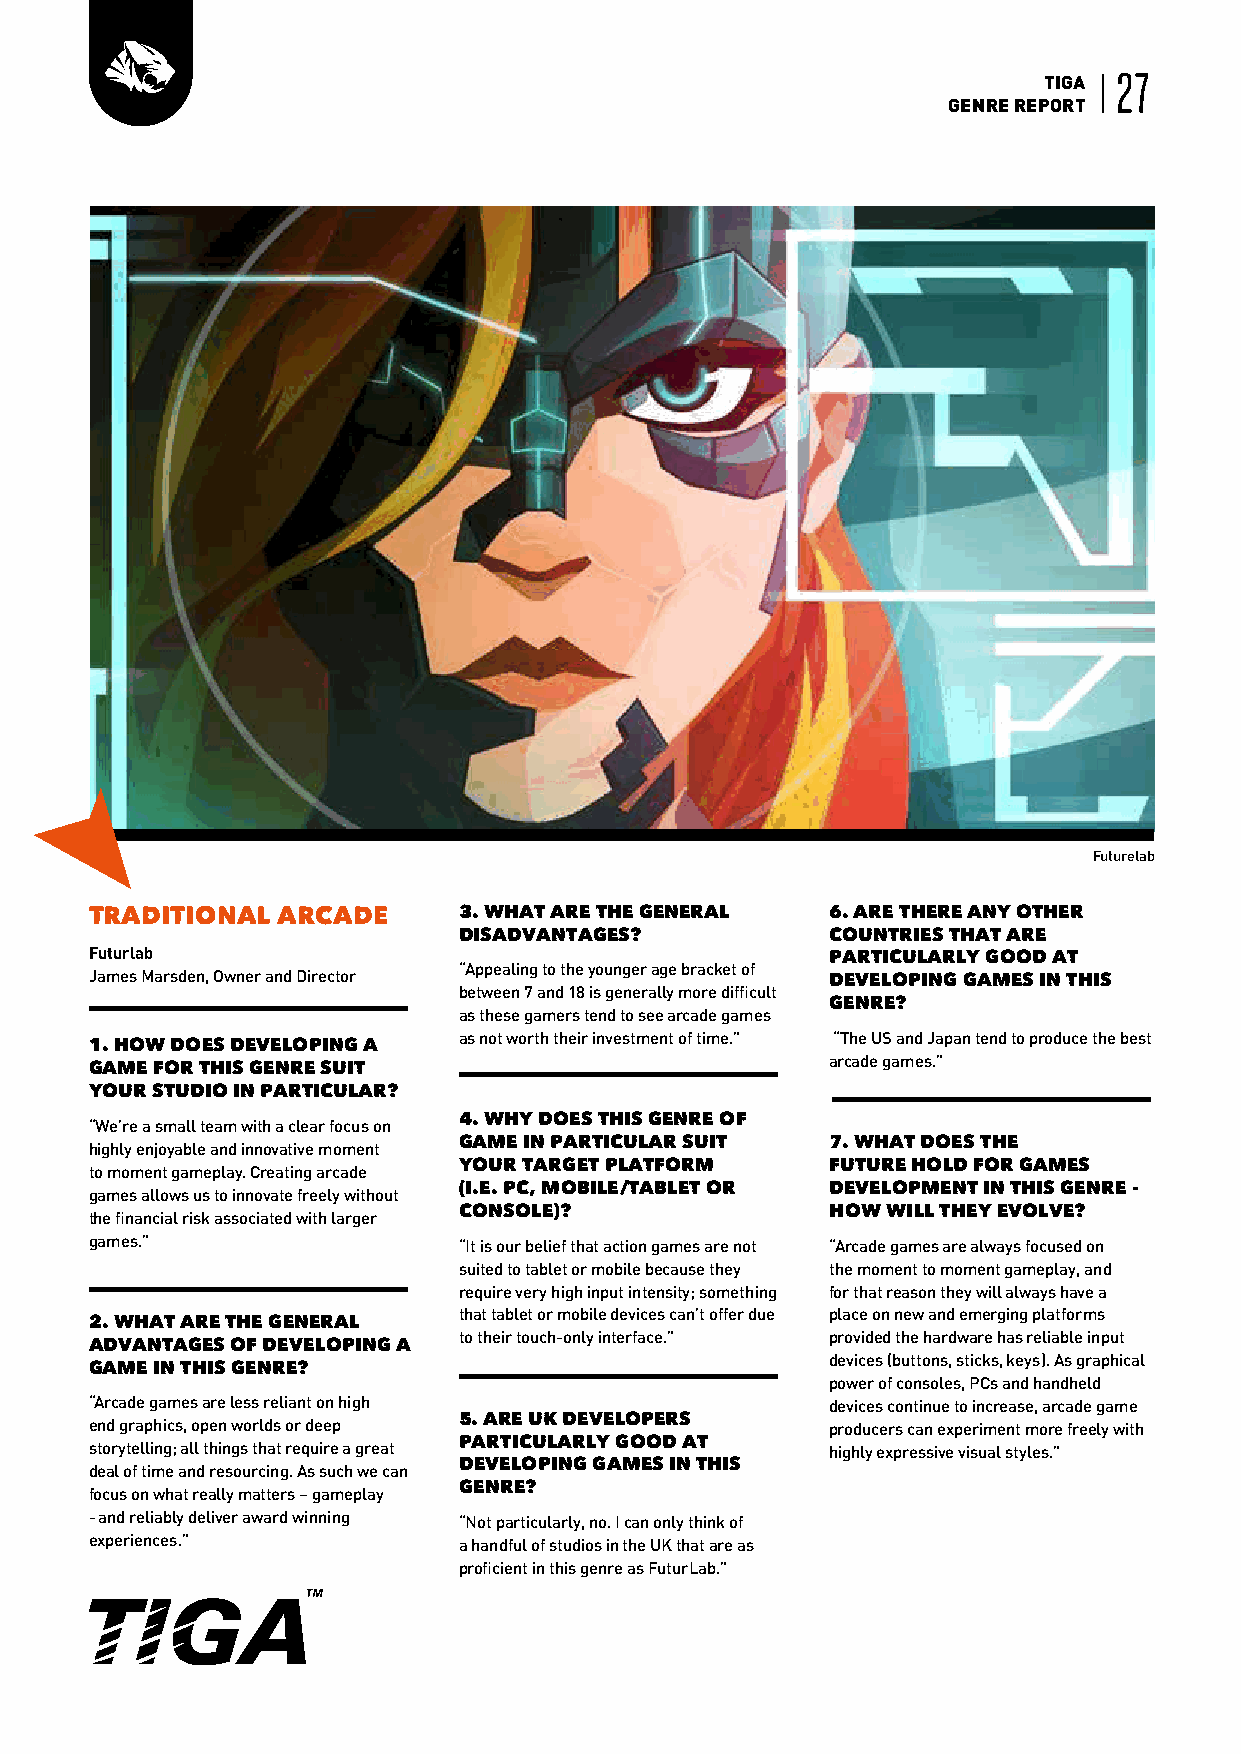
TIGA 27
 GENRE REPORT
 Futurelab
 TRADITIONAL ARCADE      3. WHAT ARE THE GENERAL  6. ARE THERE ANY OTHER
 DISADVANTAGES?           COUNTRIES THAT ARE
 Futurlab                                         PARTICULARLY GOOD AT
 “Appealing to the younger age bracket of
 James Marsden, Owner and Director                DEVELOPING GAMES IN THIS
 between 7 and 18 is generally more difficult
 GENRE?
 as these gamers tend to see arcade games
 as not worth their investment of time.” “The US and Japan tend to produce the best
 1. HOW DOES DEVELOPING A
 arcade games.”
 GAME FOR THIS GENRE SUIT
 YOUR STUDIO IN PARTICULAR?
 4. WHY DOES THIS GENRE OF
 “We’re a small team with a clear focus on
 GAME IN PARTICULAR SUIT  7. WHAT DOES THE
 highly enjoyable and innovative moment
 YOUR TARGET PLATFORM     FUTURE HOLD FOR GAMES
 to moment gameplay. Creating arcade
 (I.E. PC, MOBILE/TABLET OR DEVELOPMENT IN THIS GENRE -
 games allows us to innovate freely without
 CONSOLE)?                HOW WILL THEY EVOLVE?
 the financial risk associated with larger
 games.”                 “It is our belief that action games are not “Arcade games are always focused on
 suited to tablet or mobile because they the moment to moment gameplay, and
 require very high input intensity; something for that reason they will always have a
 that tablet or mobile devices can’t offer due place on new and emerging platforms
 2. WHAT ARE THE GENERAL
 to their touch-only interface.” provided the hardware has reliable input
 ADVANTAGES OF DEVELOPING A
 devices (buttons, sticks, keys). As graphical
 GAME IN THIS GENRE?
 power of consoles, PCs and handheld
 “Arcade games are less reliant on high           devices continue to increase, arcade game
 5. ARE UK DEVELOPERS
 end graphics, open worlds or deep                producers can experiment more freely with
 PARTICULARLY GOOD AT
 storytelling; all things that require a great    highly expressive visual styles.”
 DEVELOPING GAMES IN THIS
 deal of time and resourcing. As such we can
 GENRE?
 focus on what really matters – gameplay
 - and reliably deliver award winning “Not particularly, no. I can only think of
 experiences.”           a handful of studios in the UK that are as
 proficient in this genre as FuturLab.”